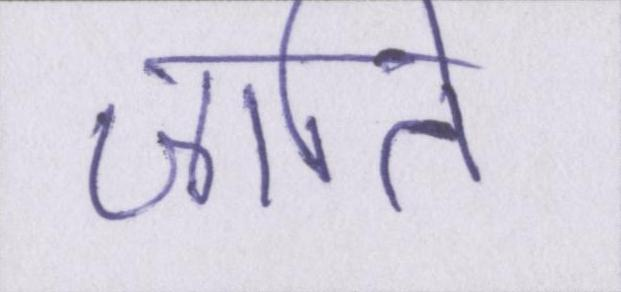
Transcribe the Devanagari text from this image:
जाति